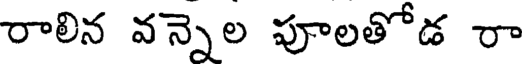
రాలిన వన్నెల పూలతోడ రా